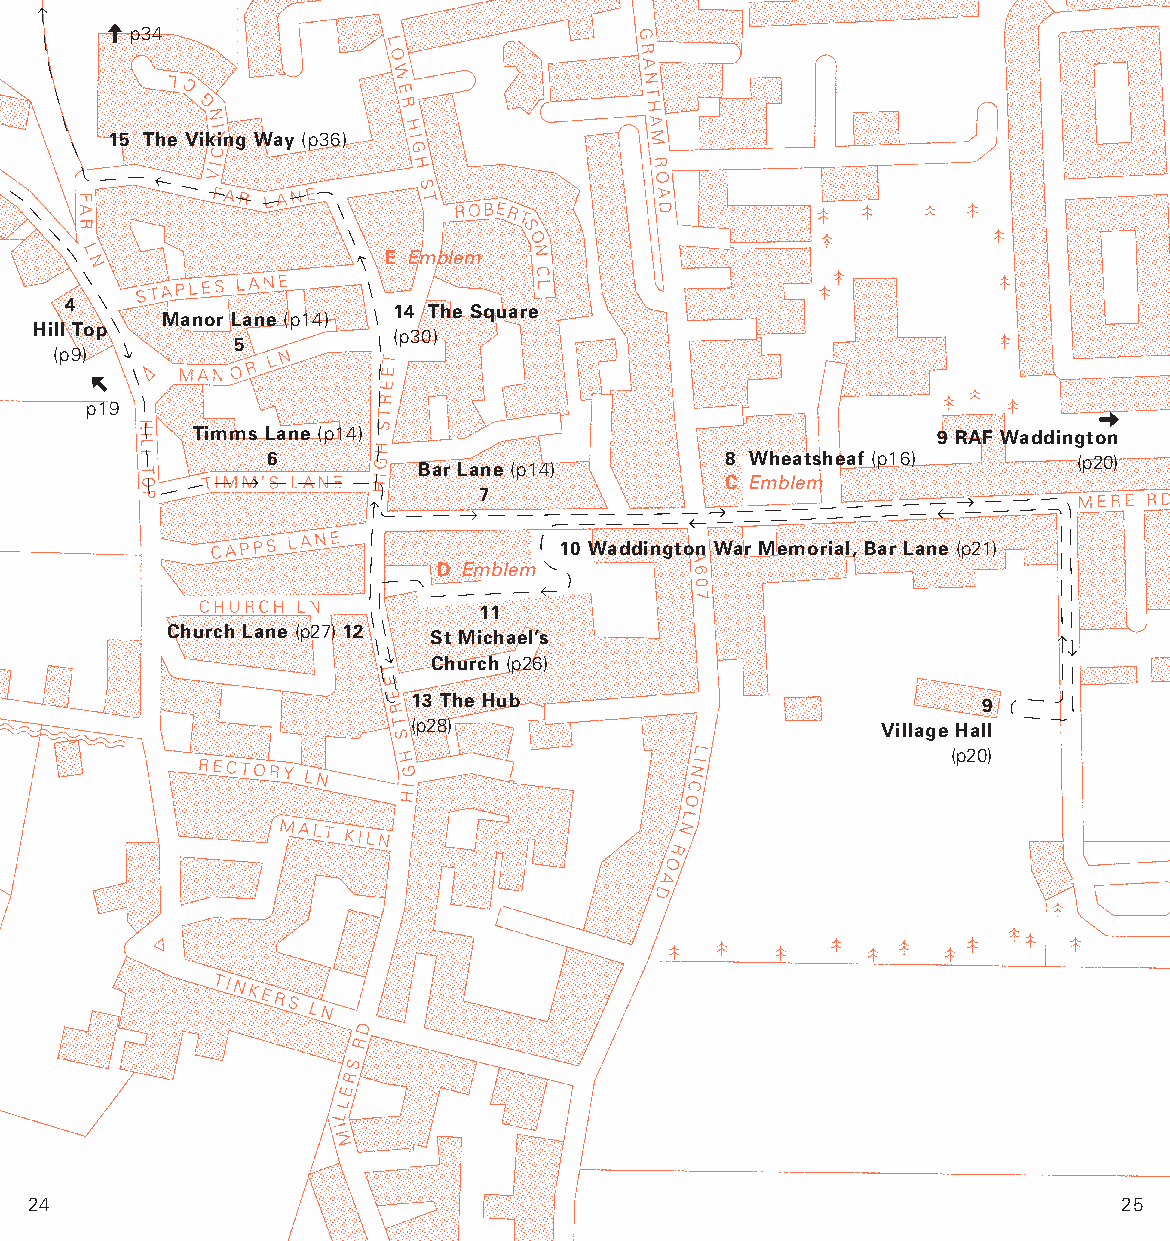
p34
 15 The Viking Way (p36)
 E Emblem
 4
 14 The Square
 Manor Lane (p14)
 Hill Top
 (p30)
 5
 (p9)
 p19
 Timms Lane (p14)                                 9 RAF Waddington
 6         Bar Lane (p14)      8 Wheatsheaf (p16)     (p20)
 C Emblem
 7
 10 Waddington War Memorial, Bar Lane (p21)
 D Emblem
 11
 Church Lane (p27) 12
 St Michael’s
 Church (p26)
 13 The Hub                            9
 (p28)                          Village Hall
 (p20)
 24                                                                      25